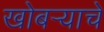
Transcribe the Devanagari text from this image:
खोबर्‍याचे